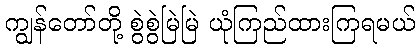
ကျွန်တော်တို့ စွဲစွဲမြဲမြဲ ယုံကြည်ထားကြရမယ်